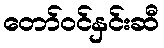
တော်ဝင်နှင်းဆီ